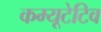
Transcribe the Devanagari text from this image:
कम्यूटेटिव